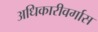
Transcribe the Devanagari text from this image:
अधिकारीवर्गास